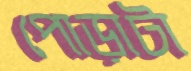
পোড়াটা